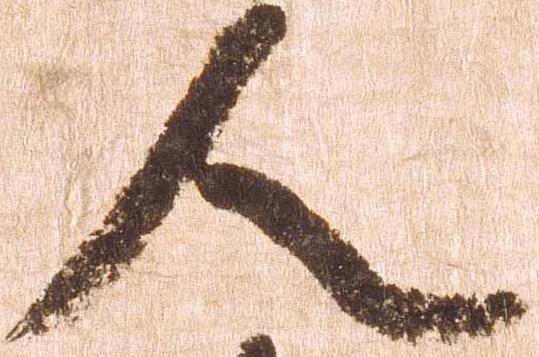
人